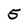
Character: 5